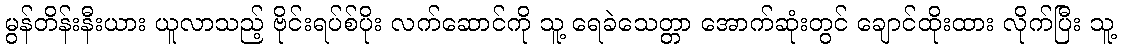
မွန်တိန်းနီးယား ယူလာသည့် ဗိုင်းရပ်စ်ပိုး လက်ဆောင်ကို သူ့ ရေခဲသေတ္တာ အောက်ဆုံးတွင် ချောင်ထိုးထား လိုက်ပြီး သူ့